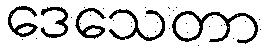
ဒေသေတာ